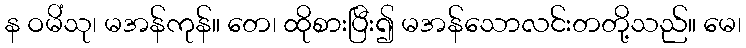
န ဝမိံသု၊ မအန်ကုန်။ တေ၊ ထိုစားပြီး၍ မအန်သောလင်းတတို့သည်။ မေ၊